Malaria in the Duars
Disease focus: Malaria
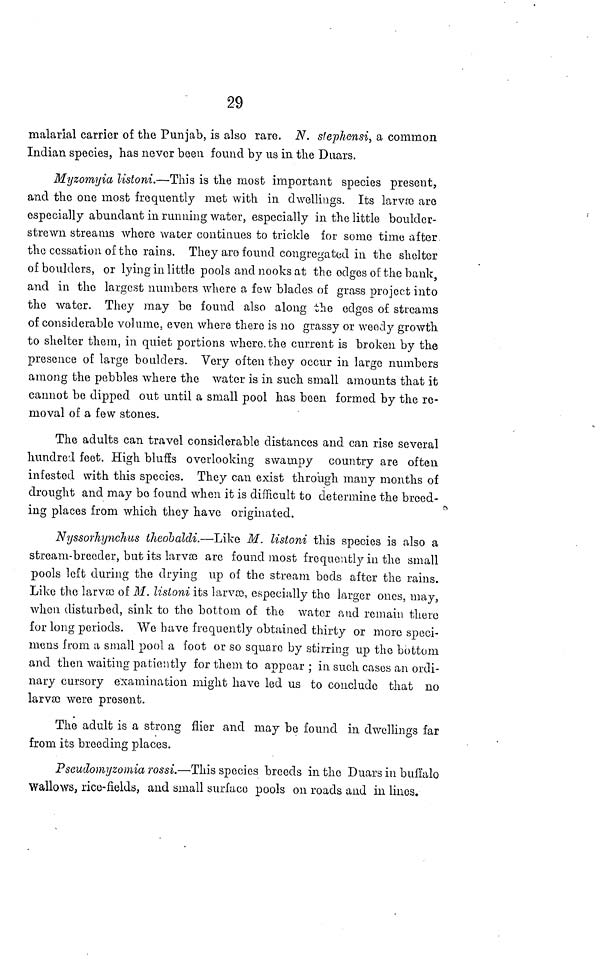
29
malarial carrier of the Punjab, is also rare. N. stephensi, a common
Indian species, has never been found by us in the Duars.
Myzomyia listoni.—This is the most important species present,
and the one most frequently met with in dwellings. Its larva) are
especially abundant in running water, especially in the little boulder-
strewn streams where water continues to trickle for some time after
the cessation of the rains. They are found congregated in the shelter
of boulders, or lying in little pools and nooks at the odges of the bank,
and in the largest numbers where a few blades of grass project into
the water. They may be found also along the edges of streams
of considerable volume, even where there is no grassy or weedy growth
to shelter them, in quiet portions where, the current is broken by the
presence of large boulders. Very often they occur in large numbers
among the pebbles where the water is in such small amounts that it
cannot be dipped out until a small pool has been formed by the re-
moval of a few stones.
The adults can travel considerable distances and can rise several
hundred feet. High bluffs overlooking swampy country are often
infested with this species. They can exist through many months of
drought and may bo found when it is difficult to determine the breed-
ing places from which they have originated.
Nyssorhynchus theobaldi.—Like M. listoni this species is also a
stream-breeder, but its larvæ are found most frequently in the small
pools left during the drying up of the stream bods after the rains.
Like the larvæ of M. lisioni its larvæ, especially the larger ones, may,
when disturbed, sink to the bottom of the water and remain there
for long periods. We have frequently obtained thirty or more speci-
mens from a small pool a foot or so square by stirring up the bottom
and then waiting patiently for them to appear ; in such cases an ordi-
nary cursory examination might have led us to conclude that no
larvæ were present.
The adult is a strong flier and may be found in dwellings far
from its breeding places.
P seudomyzomia rossi.—This species breeds in the Duars in buffalo
Wallows, rice-fields, and small surface pools on roads and in lines.